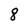
Character: 8